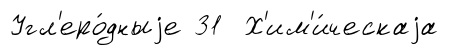
Угл'еро́дныjе 31 Х'им'и́ческаjа